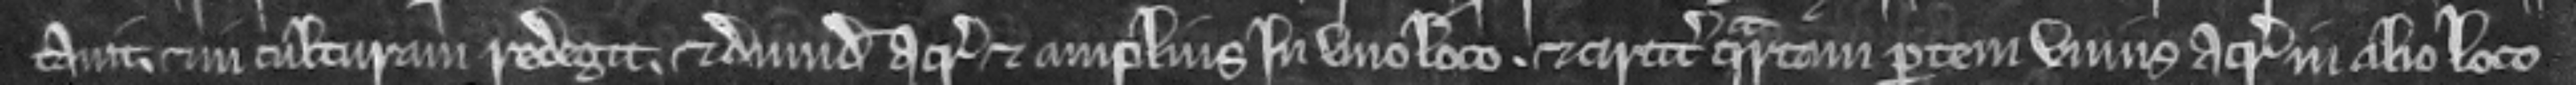
tavit. et in culturam redegit. et dimidiam acram et amplius in uno loco. et circiter quartam partem unius acre in alio loco